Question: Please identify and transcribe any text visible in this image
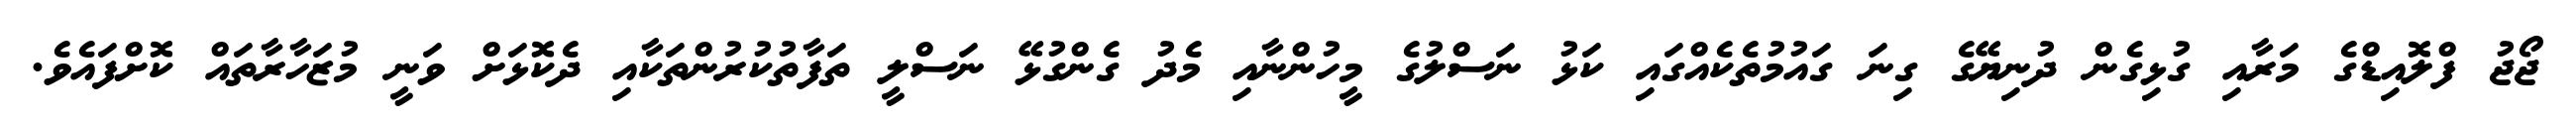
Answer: ޖޯޖު ފްލޮއިޑްގެ މަރާއި ގުޅިގެން ދުނިޔޭގެ ގިނަ ގައުމުތެކެއްގައި ކަޅު ނަސްލުގެ މީހުންނާއި މެދު ގެންގުޅޭ ނަސްލީ ތަފާތުކުރުންތަކާއި ދެކޮޅަށް ވަނީ މުޒަހާރާތައް ކޮށްފައެވެ.